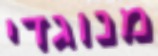
מנוגדי